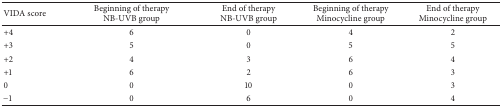
<table><thead><tr><td><b>VIDA score</b></td><td><b>Beginning of therapyNB-UVB group</b></td><td><b>End of therapyNB-UVB group</b></td><td><b>Beginning of therapy Minocycline group</b></td><td><b>End of therapy Minocycline group</b></td></tr></thead><tbody><tr><td>+4</td><td>6</td><td>0</td><td>4</td><td>2</td></tr><tr><td>+3</td><td>5</td><td>0</td><td>5</td><td>5</td></tr><tr><td>+2</td><td>4</td><td>3</td><td>6</td><td>4</td></tr><tr><td>+1</td><td>6</td><td>2</td><td>6</td><td>3</td></tr><tr><td>0</td><td>0</td><td>10</td><td>0</td><td>3</td></tr><tr><td>−1</td><td>0</td><td>6</td><td>0</td><td>4</td></tr></tbody></table>